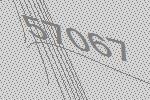
57067